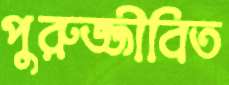
পুরুজ্জীবিত